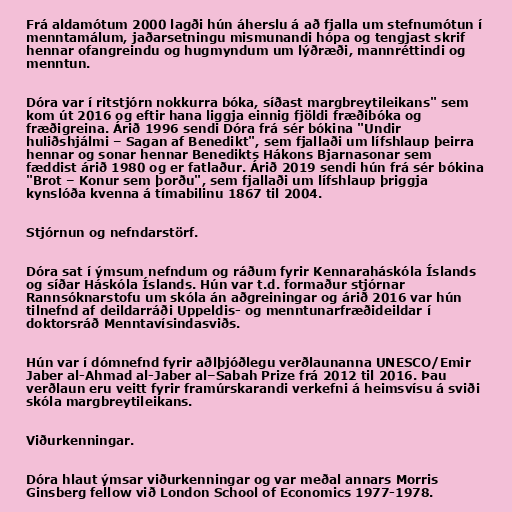
Frá aldamótum 2000 lagði hún áherslu á að fjalla um stefnumótun í
menntamálum, jaðarsetningu mismunandi hópa og tengjast skrif
hennar ofangreindu og hugmyndum um lýðræði, mannréttindi og
menntun.

Dóra var í ritstjórn nokkurra bóka, síðast margbreytileikans" sem
kom út 2016 og eftir hana liggja einnig fjöldi fræðibóka og
fræðigreina. Árið 1996 sendi Dóra frá sér bókina "Und­ir
huliðshjálmi – Sag­an af Bene­dikt", sem fjallaði um lífs­hlaup þeirra
hennar og sonar hennar Benedikts Hákons Bjarnasonar sem
fæddist árið 1980 og er fatlaður. Árið 2019 sendi hún frá sér bók­ina
"Brot – Kon­ur sem þorðu", sem fjallaði um lífs­hlaup þriggja
kyn­slóða kvenna á tíma­bil­inu 1867 til 2004.

Stjórnun og nefndarstörf.

Dóra sat í ýmsum nefndum og ráðum fyrir Kennaraháskóla Íslands
og síðar Háskóla Íslands. Hún var t.d. formaður stjórnar
Rannsóknarstofu um skóla án aðgreiningar og árið 2016 var hún
tilnefnd af deildarráði Uppeldis- og menntunarfræðideildar í
doktorsráð Menntavísindasviðs.

Hún var í dómnefnd fyrir aðlþjóðlegu verðlaunanna UNESCO/Emir
Jaber al-Ahmad al-Jaber al–Sabah Prize frá 2012 til 2016. Þau
verðlaun eru veitt fyrir framúrskarandi verkefni á heimsvísu á sviði
skóla margbreytileikans.

Viðurkenningar.

Dóra hlaut ýmsar viðurkenningar og var meðal annars Morris
Ginsberg fellow við London School of Economics 1977-1978.